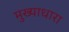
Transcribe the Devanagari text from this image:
मुख्याधारा